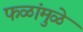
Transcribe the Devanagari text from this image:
फळांमुळे